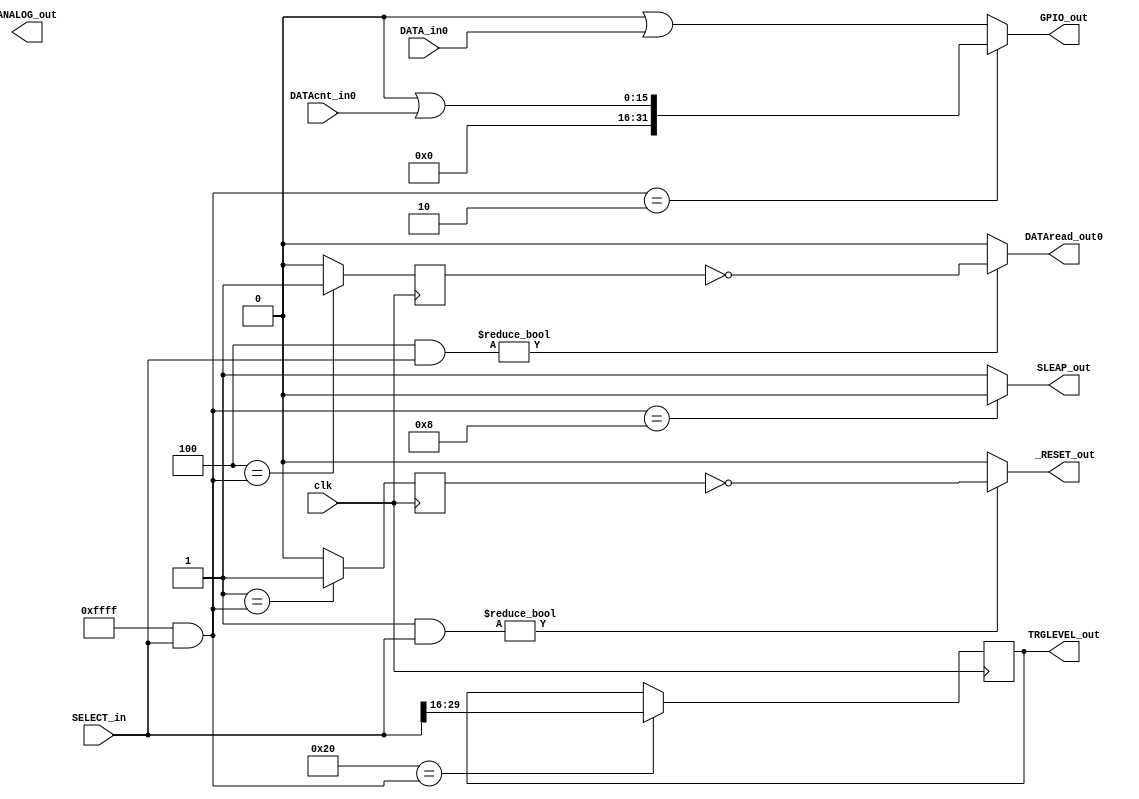
`timescale 1ns / 1ps
//////////////////////////////////////////////////////////////////////////////////
// Company: 
// Engineer: 
// 
// Design Name: 
// Module Name: GPIOcontroller_modv1
// Project Name: 
// Target Devices: 
// Tool Versions: 
// Description: 
// 
// Dependencies: 
// 
// Revision:
// Revision 0.01 - File Created
// Additional Comments:
// 
//////////////////////////////////////////////////////////////////////////////////

//*GPIO input-------------
//  0x0000_0000         //
//    +--+ +--+         //
//     02   01          //
//01: function select   //
//02: send data 16bit   //

//*function code--------------
//  0000_0000_0000_0000     //
//  +--+ +--+ +--+ +--+     //
//   04   03   02   01      //
//01: normal function ch0   //
//02: output function       //
//03: normal function ch1   //
//04: reserved              //

//////////////////////////
//  function list ch0   //
//  input   function    //
//  0001    *start      //
//  0010    *inquiry    //
//  0100    *read       //
//  1000    *stop,sleap //
//////////////////////////
//  function list output//
//  0001    *DACdata    //
//  0010    *TRG Lv set //
//////////////////////////
//  function list ch1   //
//  input   function    //
//  0001    - common ch0//
//  0010    *inquiry    //
//  0100    *read       //
//  1000    - common ch0//
//////////////////////////


module GPIOcontroller_modv1(
            SELECT_in, DATA_in0, DATAcnt_in0, clk,
            GPIO_out, _RESET_out, DATAread_out0, SLEAP_out, ANALOG_out,TRGLEVEL_out
    );
    
    input[31:0] SELECT_in;
    input[31:0] DATA_in0;
    input[15:0]  DATAcnt_in0;
    input       clk;
    output[31:0] GPIO_out;
    output      DATAread_out0;
    output      _RESET_out;
    output      SLEAP_out;
    output[13:0] ANALOG_out;
    output[13:0] TRGLEVEL_out;
    
    reg resetflag;
    reg readflag0;
    reg readflag1;
    reg[13:0] ANALOG_data;
    reg[13:0] TRGLEVEL_data;
    
    //0_0001 start,reset conect to count reset    
    always@(posedge clk)begin
        if(32'h0000_0001 == (32'h0000_ffff & SELECT_in))
            resetflag <= 1;
        else
            resetflag <= 0;
    end
    assign _RESET_out = (32'h0000_0001&SELECT_in)? ~resetflag:0;
   
    // 0_0100 read  clk conect to FIFO read clk   
    always@(posedge clk)begin
        if(32'h0000_0004 == (32'h0000_ffff & SELECT_in))
            readflag0 <= 1;
        else
            readflag0 <= 0;
    end
    assign DATAread_out0 = (32'h0000_0004&SELECT_in)? ~readflag0:0;
    
    //1_0010 TRG LEVEL data resive from gpio, conect to TRGLEVEL
    always@(posedge clk)begin
        if(32'h0000_0020 ==(32'h0000_ffff&SELECT_in))
            TRGLEVEL_data <= (SELECT_in >> 16);
        else
            TRGLEVEL_data <= TRGLEVEL_data;
    end
    assign TRGLEVEL_out = TRGLEVEL_data;
    
    //0_0010 data num OR 0100 data read selector. conect to GPIO in
    assign  GPIO_out = ((32'h0000_ffff & SELECT_in) == 32'h0000_0002)? 32'h0000_0000|DATAcnt_in0 : 32'h0000_0000|DATA_in0;
    
    //0_1000 stop,sleap conect to FIFO write enable
    assign  SLEAP_out = ((32'h0000_ffff & SELECT_in) == 32'h0000_0008)? 0:1;
    
endmodule